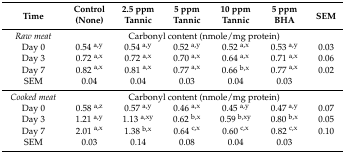
<table><thead><tr><td rowspan="2"><b>Time</b></td><td><b>Control </b></td><td><b>2.5 ppm</b></td><td><b>5 ppm</b></td><td><b>10 ppm</b></td><td><b>5 ppm</b></td><td rowspan="2"><b>SEM</b></td></tr><tr><td><b>(None)</b></td><td><b>Tannic</b></td><td><b>Tannic</b></td><td><b>Tannic</b></td><td><b>BHA</b></td></tr></thead><tbody><tr><td><i>Raw meat</i></td><td colspan="6">Carbonyl content (nmole/mg protein)</td></tr><tr><td>Day 0</td><td>0.54 <sup>a,y</sup></td><td>0.54 <sup>a,y</sup></td><td>0.52 <sup>a,y</sup></td><td>0.52 <sup>a,x</sup></td><td>0.53 <sup>a,y</sup></td><td>0.03</td></tr><tr><td>Day 3</td><td>0.72 <sup>a,x</sup></td><td>0.72 <sup>a,x</sup></td><td>0.70 <sup>a,x</sup></td><td>0.64 <sup>a,x</sup></td><td>0.71 <sup>a,x</sup></td><td>0.06</td></tr><tr><td>Day 7</td><td>0.82 <sup>a,x</sup></td><td>0.81 <sup>a,x</sup></td><td>0.77 <sup>a,x</sup></td><td>0.66 <sup>b,x</sup></td><td>0.77 <sup>a,x</sup></td><td>0.02</td></tr><tr><td>SEM</td><td>0.04</td><td>0.04</td><td>0.03</td><td>0.04</td><td>0.03</td><td></td></tr><tr><td><i>Cooked meat</i></td><td colspan="6">Carbonyl content (nmole/mg protein)</td></tr><tr><td>Day 0</td><td>0.58 <sup>a,z</sup></td><td>0.57 <sup>a,y</sup></td><td>0.46 <sup>a,x</sup></td><td>0.45 <sup>a,y</sup></td><td>0.47 <sup>a,y</sup></td><td>0.07</td></tr><tr><td>Day 3</td><td>1.21 <sup>a,y</sup></td><td>1.13 <sup>a,xy</sup></td><td>0.62 <sup>b,x</sup></td><td>0.59 <sup>b,xy</sup></td><td>0.80 <sup>b,x</sup></td><td>0.05</td></tr><tr><td>Day 7</td><td>2.01 <sup>a,x</sup></td><td>1.38 <sup>b,x</sup></td><td>0.64 <sup>c,x</sup></td><td>0.60 <sup>c,x</sup></td><td>0.82 <sup>c,x</sup></td><td>0.10</td></tr><tr><td>SEM</td><td>0.03</td><td>0.14</td><td>0.08</td><td>0.04</td><td>0.03</td><td></td></tr></tbody></table>